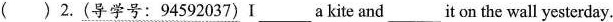
( ) 2.(导学号:94592037)I___a kite and___it on the wall yesterday.